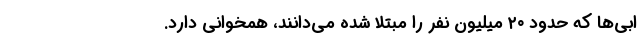
ابی‌ها که حدود ۲۰ میلیون نفر را مبتلا شده می‌دانند، همخوانی دارد.